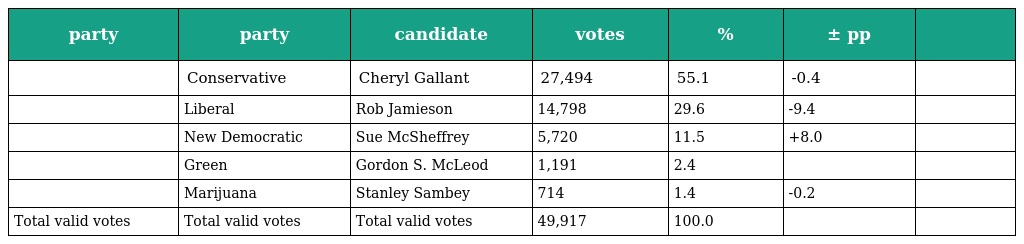
| party | party | candidate | votes | % | ± pp |  |
 | --- | --- | --- | --- | --- | --- | --- |
 |  | Conservative | Cheryl Gallant | 27,494 | 55.1 | -0.4 |  |
 |  | Liberal | Rob Jamieson | 14,798 | 29.6 | -9.4 |  |
 |  | New Democratic | Sue McSheffrey | 5,720 | 11.5 | +8.0 |  |
 |  | Green | Gordon S. McLeod | 1,191 | 2.4 |  |  |
 |  | Marijuana | Stanley Sambey | 714 | 1.4 | -0.2 |  |
 | Total valid votes | Total valid votes | Total valid votes | 49,917 | 100.0 |  |  |